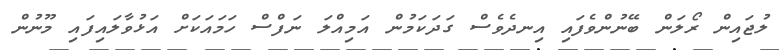
ލުޖައިން ރޯލަން ބޭނުންވެފައި އިނދެވެސް ގަދަކަމުން އަމިއްލަ ނަފްސް ހަމައަކަށް އަޅުވާލައިފައި މޫނުން